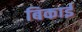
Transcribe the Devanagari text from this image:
बिकाई